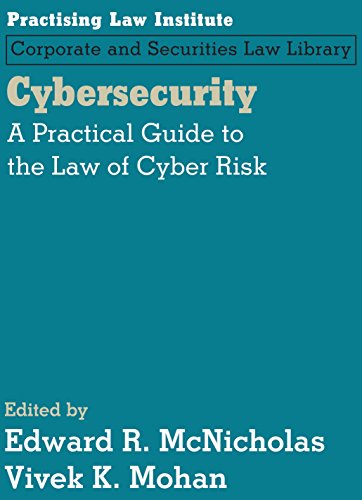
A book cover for Cybersecurity: A Practical Guide to the Law of Cyber Risk; Computers & Technology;